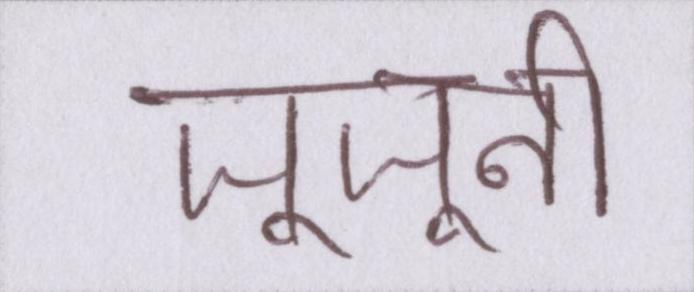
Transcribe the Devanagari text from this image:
जूनूनी